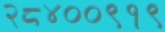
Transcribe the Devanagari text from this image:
२८४००९१९